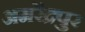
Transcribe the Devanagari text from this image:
अमरेंद्रपुर